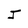
Character: J